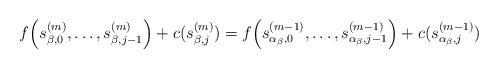
LaTeX: \begin{align*}f\Big(s^{(m)}_{\beta,0},\dots,s^{(m)}_{\beta,j-1}\Big)+c(s^{(m)}_{\beta,j})= f\Big(s^{(m-1)}_{\alpha_\beta,0},\dots,s^{(m-1)}_{\alpha_\beta,j-1}\Big)+c(s^{(m-1)}_{\alpha_\beta,j})\end{align*}